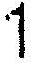
1